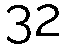
32